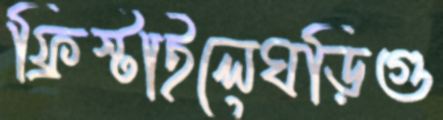
ফ্রিস্টাইলেঘড়িগু